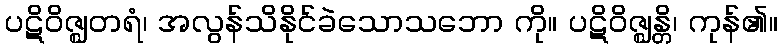
ပဋိဝိဇ္ဈတရံ၊ အလွန်သိနိုင်ခဲသောသဘော ကို။ ပဋိဝိဇ္ဈန္တိ၊ ကုန်၏။